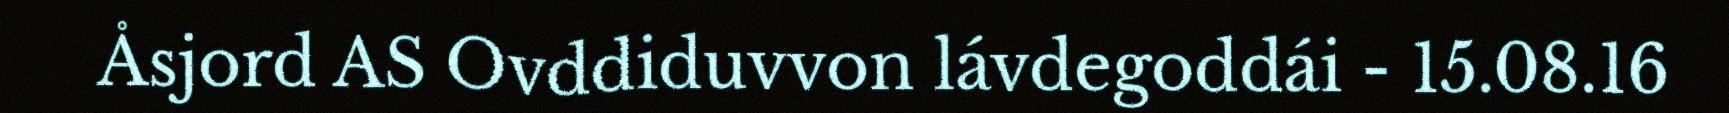
Åsjord AS Ovddiduvvon lávdegoddái - 15.08.16